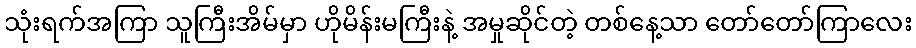
သုံးရက်အကြာ သူကြီးအိမ်မှာ ဟိုမိန်းမကြီးနဲ့ အမှုဆိုင်တဲ့ တစ်နေ့သာ တော်တော်ကြာလေး